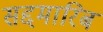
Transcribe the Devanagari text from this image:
सद्दमारिब